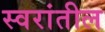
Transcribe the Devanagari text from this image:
स्वरांतील